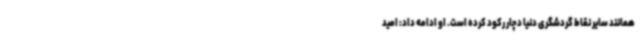
همانند سایر نقاط گردشگری دنیا دچار رکود کرده است. او ادامه داد: امید